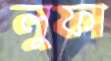
লুফা